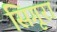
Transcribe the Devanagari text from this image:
सिगूरा